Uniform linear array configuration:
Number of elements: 12
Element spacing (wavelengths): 0.5
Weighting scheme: kaiser
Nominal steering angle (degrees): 60
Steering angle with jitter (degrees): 59.875
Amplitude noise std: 0.05
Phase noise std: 0.05

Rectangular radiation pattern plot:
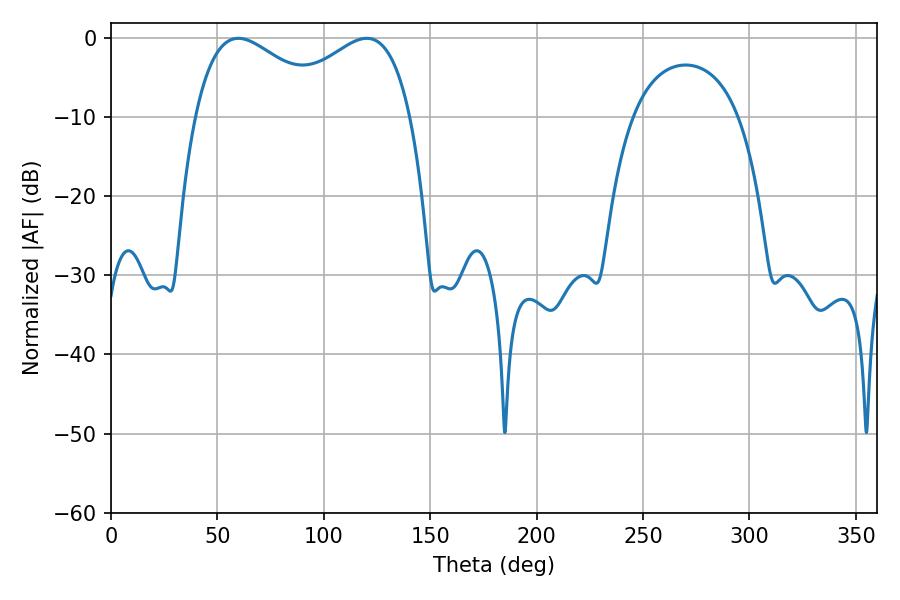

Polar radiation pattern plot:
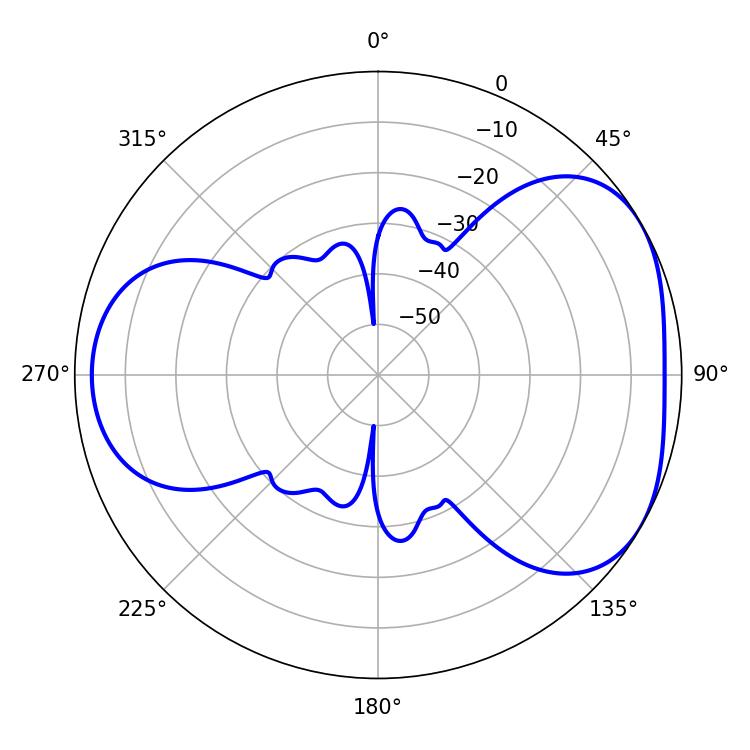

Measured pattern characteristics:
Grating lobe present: FALSE
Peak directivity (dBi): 4.264
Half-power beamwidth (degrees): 35.46
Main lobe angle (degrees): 59.76